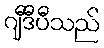
ဂျီဒီပီသည်